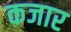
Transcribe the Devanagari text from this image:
कजार